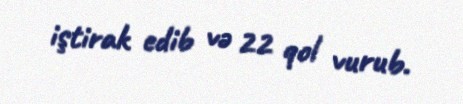
iştirak edib və 22 qol vurub.